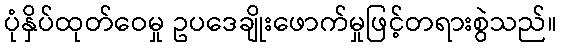
ပုံနှိပ်ထုတ်ဝေမှု ဥပဒေချိုးဖောက်မှုဖြင့်တရားစွဲသည်။